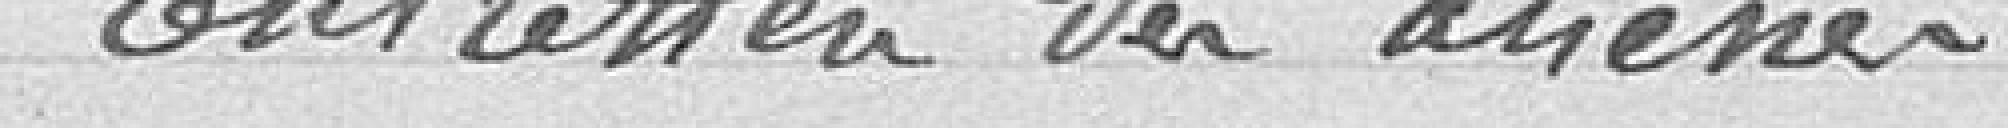
1 - Entretien des aliénés